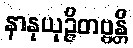
နာနုယုဉ္ဇိတဗ္ဗန္တိ